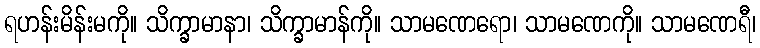
ရဟန်းမိန်းမကို။ သိက္ခာမာနာ၊ သိက္ခာမာန်ကို။ သာမဏေရော၊ သာမဏေကို။ သာမဏေရီ၊